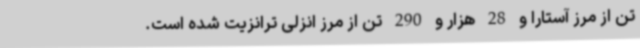
تن از مرز آستارا و 28 هزار و 290 تن از مرز انزلی ترانزیت شده است.